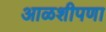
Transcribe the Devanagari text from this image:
आळशीपणा